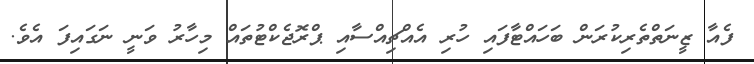
ފެއާ ޒީނަތްތެރިކުރަން ބަހައްޓާފައި ހުރި އެއްޗިއްސާއި ޕްރޮޖެކްޓުތައް މިހާރު ވަނީ ނަގައިފަ އެވެ.